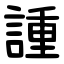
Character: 諥